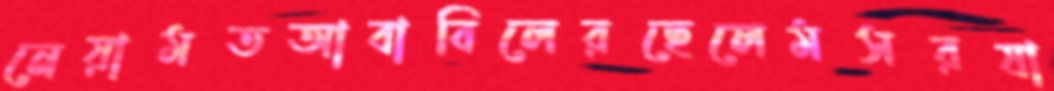
নেয়ামতআবাবিলেরছেলেমসরষা